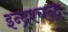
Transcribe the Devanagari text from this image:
इन्द्रश्चन्द्रः